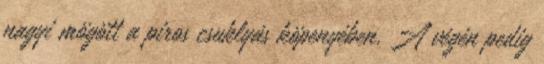
nagyi mögött a piros csuklyás köpenyében. A végén pedig